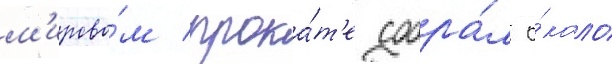
м'ирово́м прока́т'е собра́л о́коло